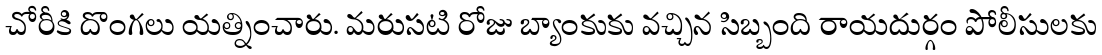
చోరీకి దొంగలు యత్నించారు. మరుసటి రోజు బ్యాంకుకు వచ్చిన సిబ్బంది రాయదుర్గం పోలీసులకు